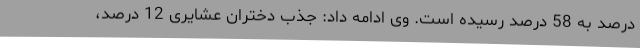
درصد به 58 درصد رسیده است. وی ادامه داد: جذب دختران عشایری 12 درصد،